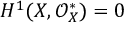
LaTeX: H ^ { 1 } ( X , { \mathcal { O } } _ { X } ^ { * } ) = 0